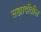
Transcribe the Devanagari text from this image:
सह्यादीतील